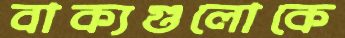
বাক্যগুলোকে